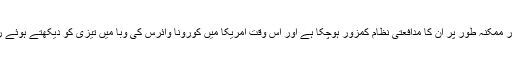
رومن رینز خون کے سرطان کے شکار رہ چکے ہیں اور ممکنہ طور پر ان کا مدافعتی نظام کمزور ہوچکا ہے اور اس وقت امریکا میں کورونا وائرس کی وبا میں تیزی کو دیکھتے ہوئے ریسلر نے چیمپئن شپ مقابلے میں شرکت سے انکار کیا۔